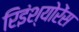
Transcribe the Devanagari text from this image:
रिइंश्योरेंस